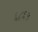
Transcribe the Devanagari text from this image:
६८६५